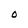
Character: O